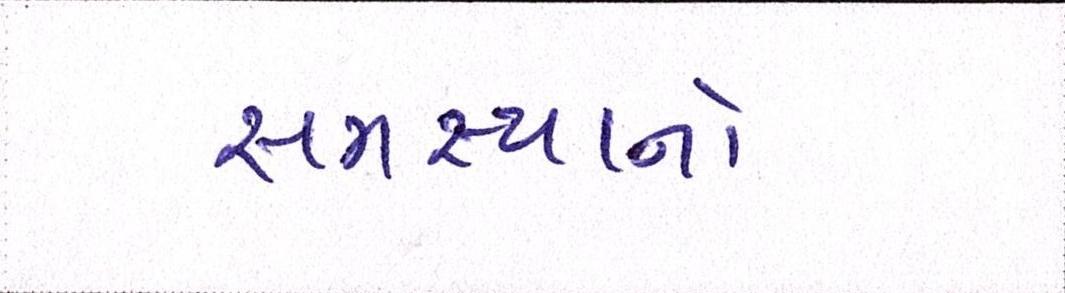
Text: સમસ્યાનો